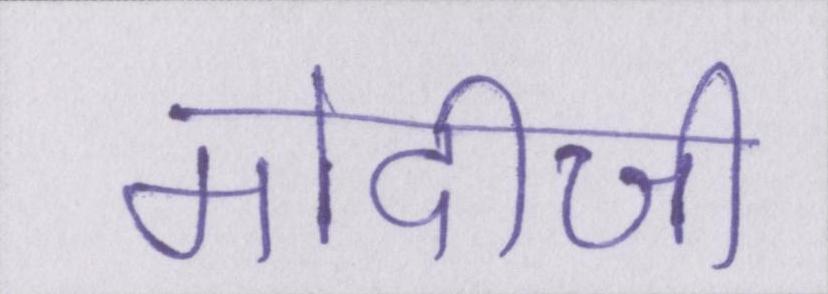
मोदीजी